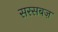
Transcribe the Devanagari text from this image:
सरसबज़